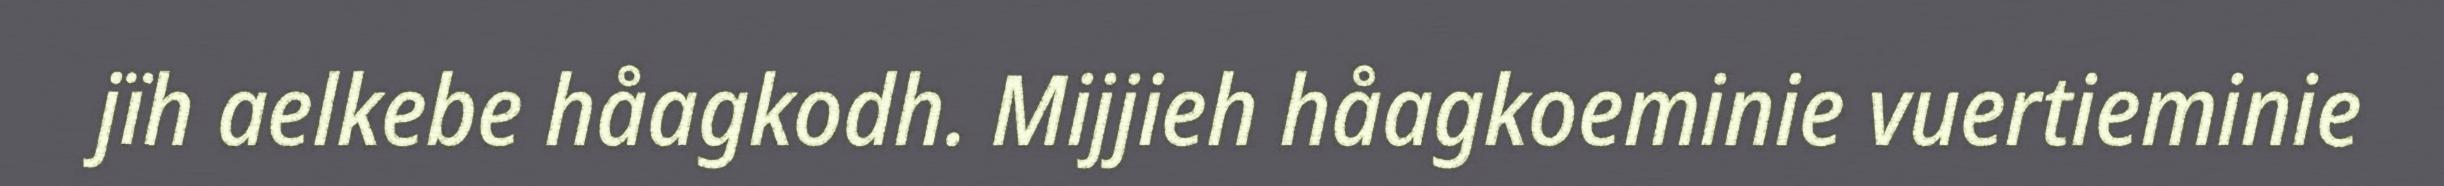
jïh aelkebe håagkodh. Mijjieh håagkoeminie vuertieminie